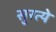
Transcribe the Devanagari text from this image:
सुरत्ये